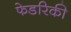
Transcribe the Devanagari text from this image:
फेडरिकी